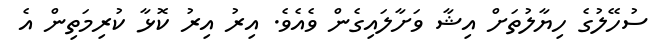
ސުހޭލުގެ ހިޔާލުތަށް އިޝާ ވަށާލައިގެން ވެއެވެ. އިރު އިރު ކޮޅާ ކުރިމަތިން އެ